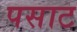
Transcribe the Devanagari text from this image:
पसाट